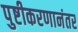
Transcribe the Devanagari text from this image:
पुष्टीकरणानंतर